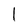
Character: l